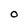
Character: O